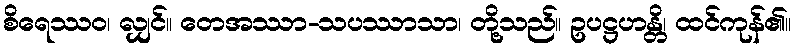
စိရေဿဝ၊ လျှင်။ တေအဿာ-သပဿာသာ၊ တို့သည်။ ဥပဋ္ဌဟန္တိ၊ ထင်ကုန်၏။